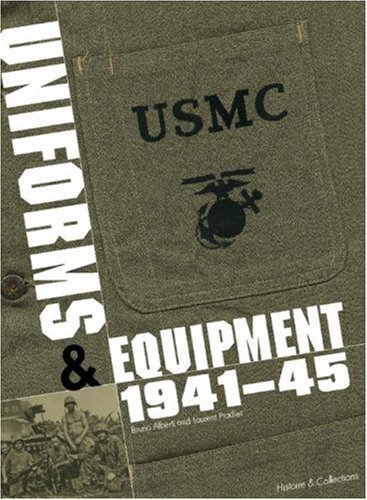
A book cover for USMC Uniforms & Equipment 1941-1945; Bruno Alberti; History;